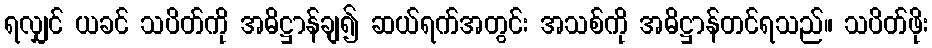
ရလျှင် ယခင် သပိတ်ကို အဓိဋ္ဌာန်ချ၍ ဆယ်ရက်အတွင်း အသစ်ကို အဓိဋ္ဌာန်တင်ရသည်။ သပိတ်ဖိုး